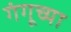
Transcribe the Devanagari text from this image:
गंगूच्या